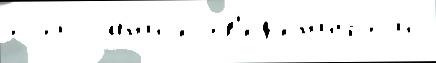
состоjа́н'иjе св'ед'ен'ий с из